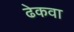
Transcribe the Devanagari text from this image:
ढेकवा